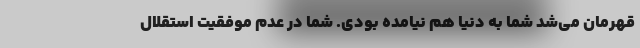
قهرمان می‌شد شما به دنیا هم نیامده بودی. شما در عدم موفقیت استقلال